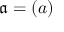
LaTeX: { \mathfrak { a } } = ( a )